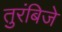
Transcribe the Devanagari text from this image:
तुरंबिजे